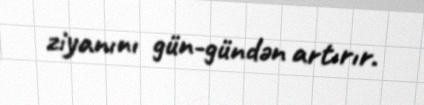
ziyanını gün-gündən artırır.